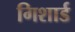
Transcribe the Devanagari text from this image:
गिशार्ड